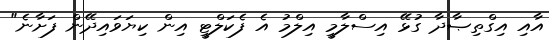
އާއި އިގްތިޞާދާ ގުޅޭ އިސްލާމީ އިލްމު އެ ފެކަލްޓީ އިން ކިޔަވައިދޭން ފަށާނެ"